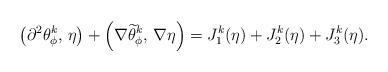
LaTeX: \begin{align*} \begin{array}{@{}l@{}}{\displaystyle \left(\partial^{2}\theta^{k}_{\phi},\,\eta\right)+\left(\nabla \widetilde{\theta}^{k}_{\phi},\,\nabla \eta\right) =J_1^{k}(\eta) + J_2^{k}(\eta) + J_3^{k}(\eta).} \end{array} \end{align*}